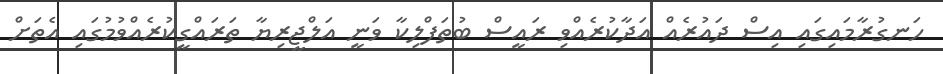
ހަނގުރާމައިގައި އިސް ދައުރެއް އަދާކުރެއްވި ރައީސް ބުތަފްލިކާ ވަނީ އަލްޖީރިޔާ ތަރައްގީކުރެއްވުމުގައި އެތަށް